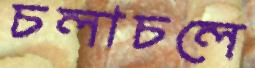
চলাচলে